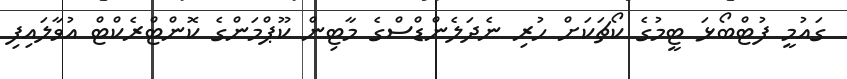
ގައުމީ ފުޓްބޯޅަ ޓީމުގެ ކޯޗަކަށް ހުރި ނެދަލެންޑްސްގެ މާޓިން ކޫޕްމަންގެ ކޮންޓްރެކްޓް އުވާލައިފި